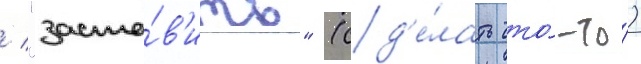
/ "заста́в'ить" (сд'е́лать что́-то́)